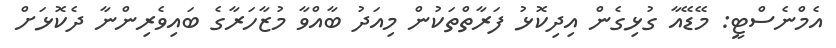
އެމްނެސްޓީ: މޭޑޭއާ ގުޅިގެން އިދިކޮޅު ފަރާތްތަކުން މިއަދު ބާއްވާ މުޒާހަރާގެ ބައިވެރިންނާ ދެކޮޅަށް